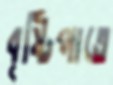
বৃষ্টিপাতে